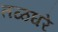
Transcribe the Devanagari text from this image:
तळघरे